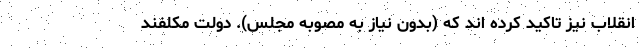
انقلاب نیز تاکید کرده اند که (بدون نیاز به مصوبه مجلس). دولت مکلفند